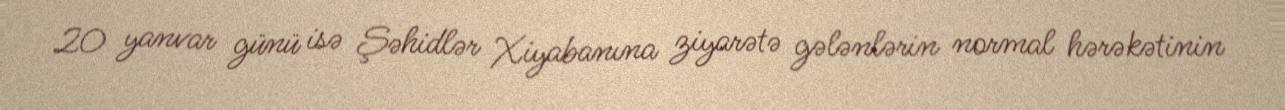
20 yanvar günü isə Şəhidlər Xiyabanına ziyarətə gələnlərin normal hərəkətinin